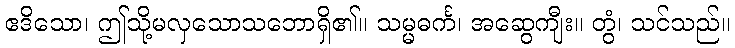
ဧဒိသော၊ ဤသို့မလှသောသဘောရှိ၏။ သမ္မဓင်္က၊ အဆွေကျီး။ တွံ၊ သင်သည်။